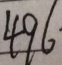
4 9 6 \cdot